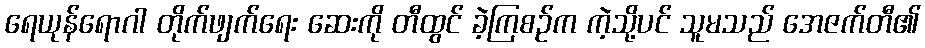
ရေယုန်ရောဂါ တိုက်ဖျက်ရေး ဆေးကို တီထွင် ခဲ့ကြစဉ်က ကဲ့သို့ပင် သူမသည် အေဇက်တီ၏